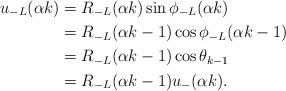
LaTeX: \begin{align*}u_{-L}(\alpha k)&=R_{-L}(\alpha k)\sin \phi_{-L}(\alpha k)\\&=R_{-L}(\alpha k-1)\cos\phi_{-L}(\alpha k-1)\\&=R_{-L}(\alpha k-1)\cos \theta_{k-1}\\&=R_{-L}(\alpha k-1)u_{-}(\alpha k).\end{align*}